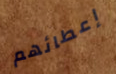
إعطائهم